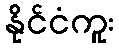
နိုင်ငံကူး